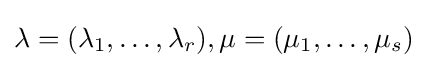
\lambda =(\lambda _{1},\dots ,\lambda _{r}),\mu =(\mu _{1},\dots ,\mu _{s})